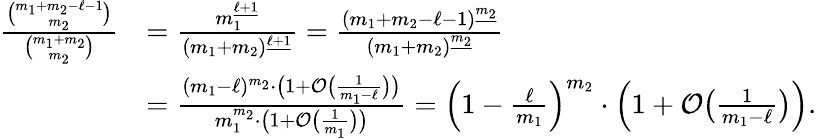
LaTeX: \begin{array}{rl}{\frac{\binom{m_{1}+m_{2}-\ell-1}{m_{2}}}{\binom{m_{1}+m_{2}}{m_{2}}}}&{=\frac{m_{1}^{\underline{{\ell+1}}}}{(m_{1}+m_{2})^{\underline{{\ell+1}}}}=\frac{(m_{1}+m_{2}-\ell-1)^{\underline{{m_{2}}}}}{(m_{1}+m_{2})^{\underline{{m_{2}}}}}}\\ &{=\frac{(m_{1}-\ell)^{m_{2}}\cdot\big(1+\mathcal{O}\big(\frac{1}{m_{1}-\ell}\big)\big)}{m_{1}^{m_{2}}\cdot\big(1+\mathcal{O}\big(\frac{1}{m_{1}}\big)\big)}=\Big(1-\frac{\ell}{m_{1}}\Big)^{m_{2}}\cdot\Big(1+\mathcal{O}\big(\textstyle{\frac{1}{m_{1}-\ell}}\big)\Big).}\end{array}